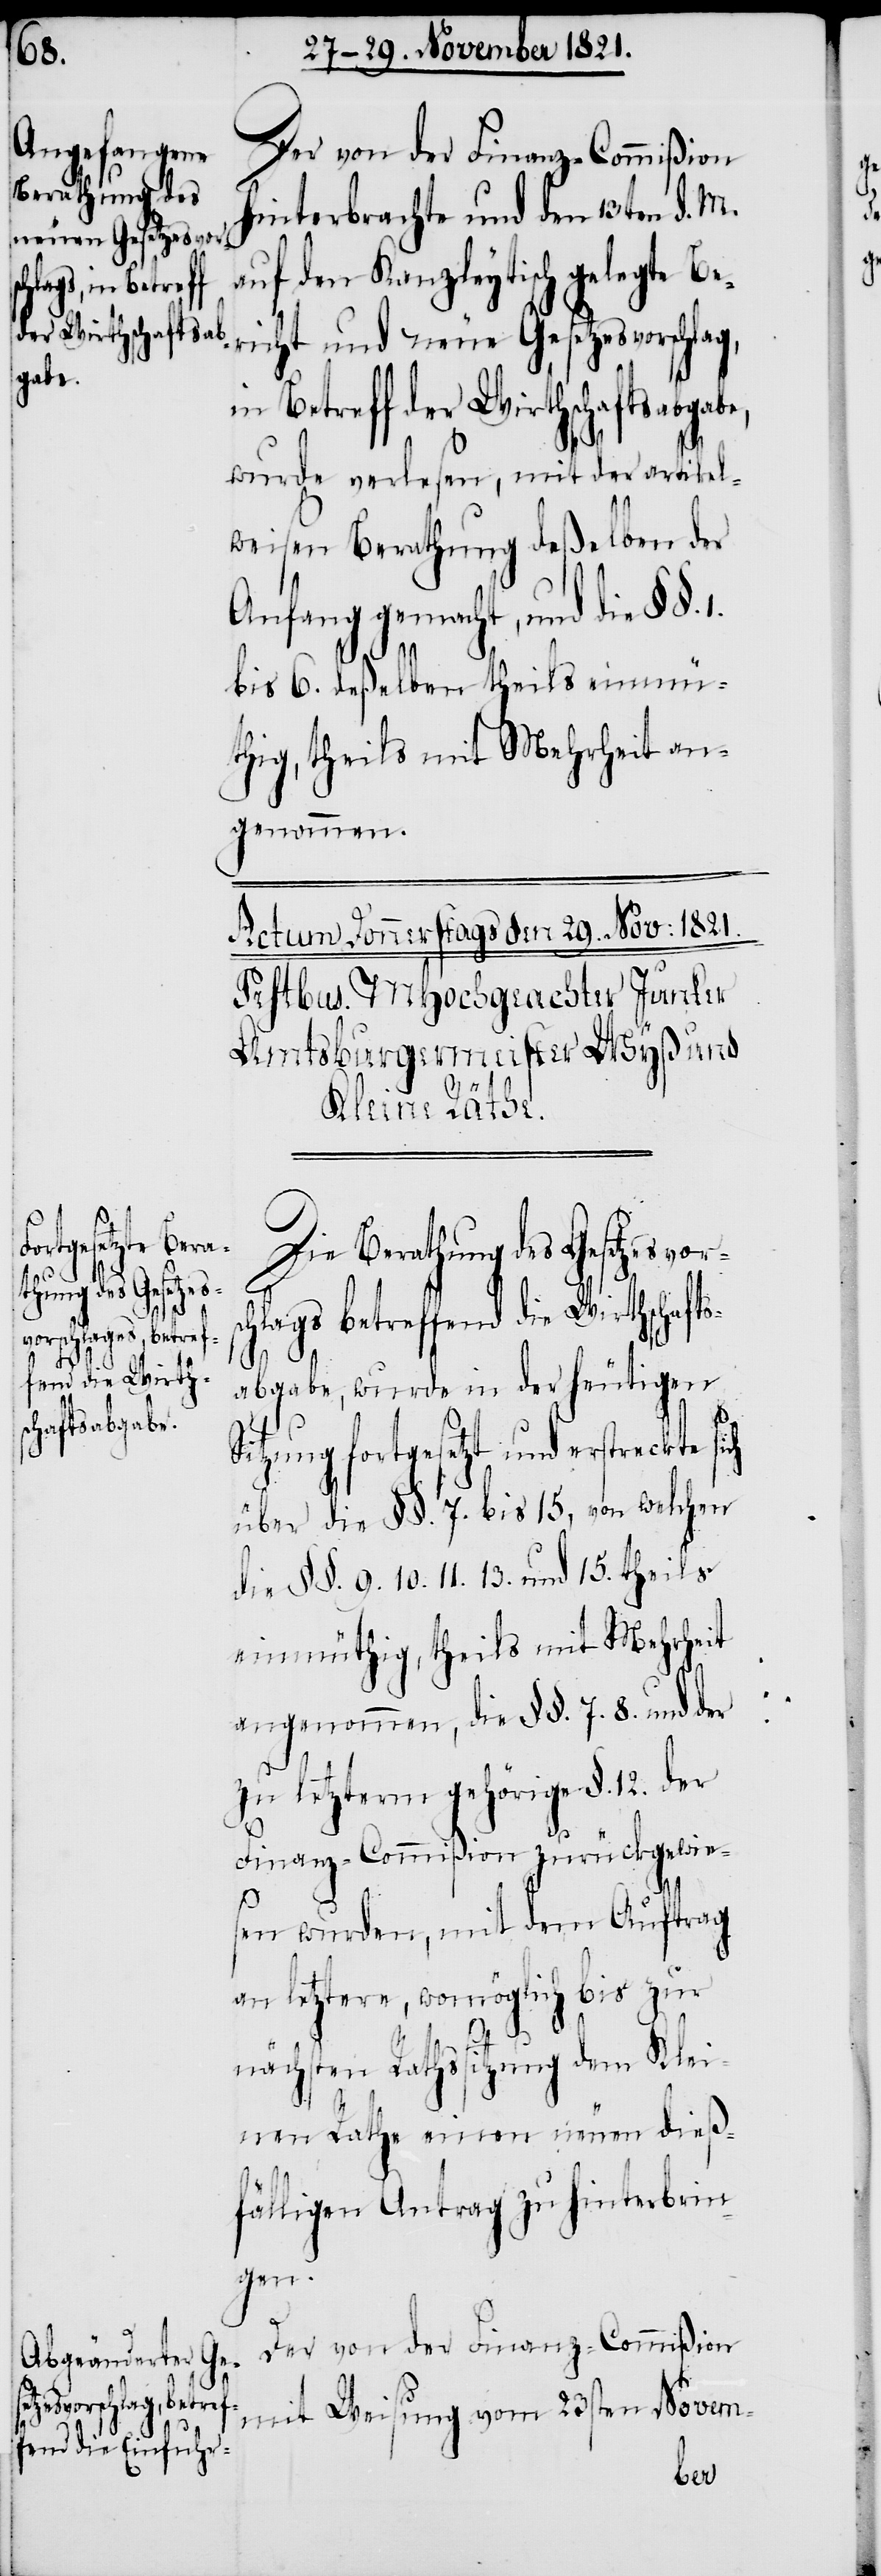
Der von der Finanz-Commißion
hinterbrachte und den 13ten d. M.
auf den Kanzleytisch gelegte Ber¬
icht und neue Gesetzesvorschlag,
in Betreff der Wirthschaftsabgabe,
wurde verlesen, mit der artikel¬
weisen Berathung deßelben der
Anfang gemacht, und die §§.
1.
bis 6. deßelben theils einmü¬
thig, theils mit Mehrheit an¬
genommen.
Die Berathung des Gesetzesvor¬
s¬
chlags betreffend die Wirthschafts¬
abgabe, wurde in der heutigen
Sitzung fortgesetzt und erstreckte
über die §§. 7. bis 15, von welchen
die §§. 9. 10. 11. 13. und 15. theils
einmüthig, theils mit Mehrheit
angenommen, die §§. 7. 8. und der
zu letzterm gehörige §. 12. der
Finanz-Commißion zurückgewie¬
sen wurden, mit dem Auftrag
an letztere, womöglich bis zur
nächsten Rathssitzung dem Klei¬
nen Rathe einen neuen dieß¬
fälligen Antrag zu hinterbrin¬
gen.
Der von der Finanz-Commißion
mit Weisung vom 23sten Novem-